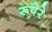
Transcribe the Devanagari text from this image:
रूपेरे